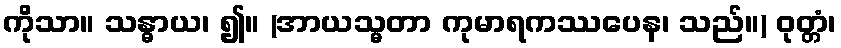
ကိုသာ။ သန္ဓာယ၊ ၍။ (အာယသ္မတာ ကုမာရကဿပေန၊ သည်။) ဝုတ္တံ၊